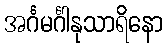
အင်္ဂမင်္ဂါနုသာရိနော